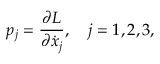
p _ { j } = { \frac { \partial L } { \partial \dot { x } _ { j } } } , \ \ \ j = 1 , 2 , 3 ,